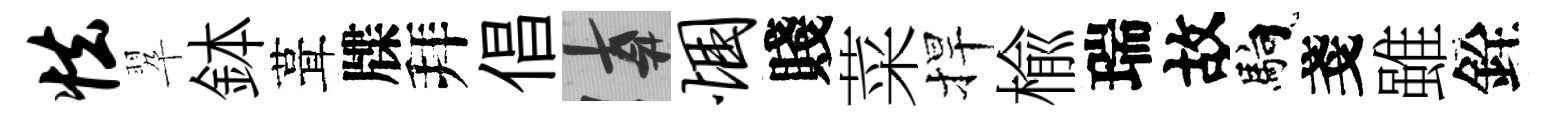
怯翆鉢葺牒拜倡遲悃賤菜捍楡瑞故馿戔雖銓